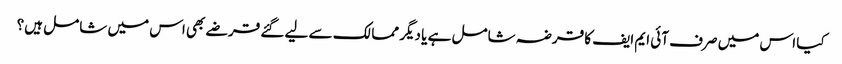
کیا اس میں صرف آئی ایم ایف کا قرضہ شامل ہے یا دیگر ممالک سے لیے گئے قرضے بھی اس میں شامل ہیں؟